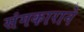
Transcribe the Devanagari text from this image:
संगकाराने